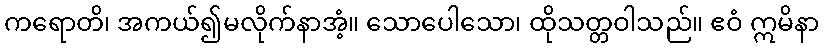
ကရောတိ၊ အကယ်၍မလိုက်နာအံ့။ သောပေါသော၊ ထိုသတ္တဝါသည်။ ဧဝံ ဣမိနာ